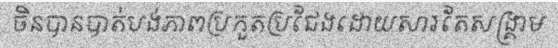
ចិនបានបាត់បង់ភាពប្រកួតប្រជែងដោយសារតែសង្គ្រាម